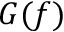
G ( f )